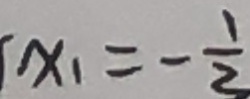
x _ { 1 } = - \frac { 1 } { 2 }